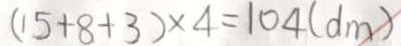
( 1 5 + 8 + 3 ) \times 4 = 1 0 4 ( d m )